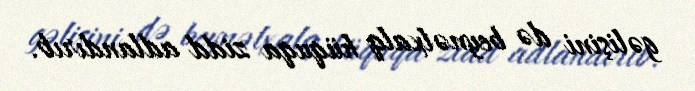
gəlişini də beynəlxalq hüquqa zidd adlandırıb.